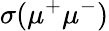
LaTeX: \sigma(\mu^{+}\mu^{-})